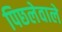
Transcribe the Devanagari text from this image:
पिछलेवाले